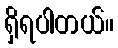
ရှိရပါတယ်။